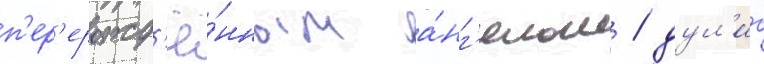
п'ер'ерожд'ё́нным а́нг'елом / дул'ио